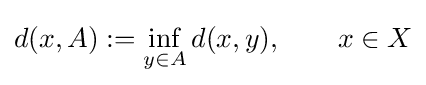
d(x,A):=\inf _{y\in A}d(x,y),\qquad x\in X